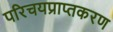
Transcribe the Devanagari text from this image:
परिचयप्राप्तकरण